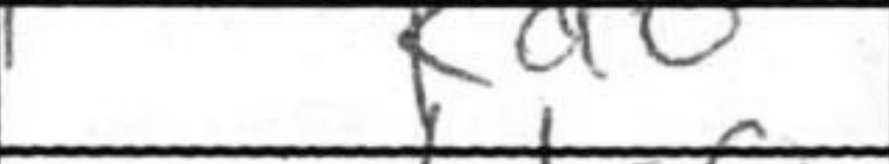
Transcription: Kd6